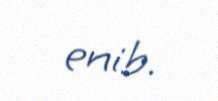
enib.